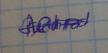
Signature authenticity: genuine